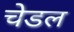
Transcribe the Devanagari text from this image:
चेडल